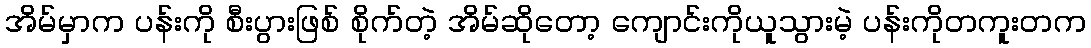
အိမ်မှာက ပန်းကို စီးပွားဖြစ် စိုက်တဲ့ အိမ်ဆိုတော့ ကျောင်းကိုယူသွားမဲ့ ပန်းကိုတကူးတက